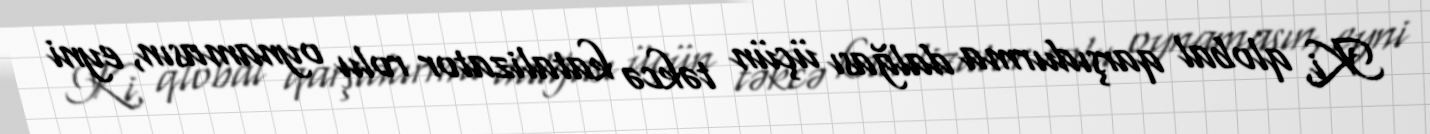
Ki, qlobal qarşıdurma dalğası üçün təkcə katalizator rolu oynamasın, eyni